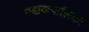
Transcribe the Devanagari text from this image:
पश्चकपालिका